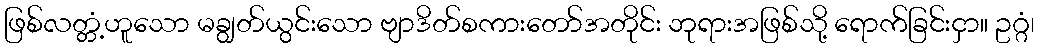
ဖြစ်လတ္တံ့ဟူသော မချွတ်ယွင်းသော ဗျာဒိတ်စကားတော်အတိုင်း ဘုရားအဖြစ်သို့ ရောက်ခြင်းငှာ။ ဥဂ္ဂံ၊